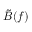
\tilde { B } ( f )